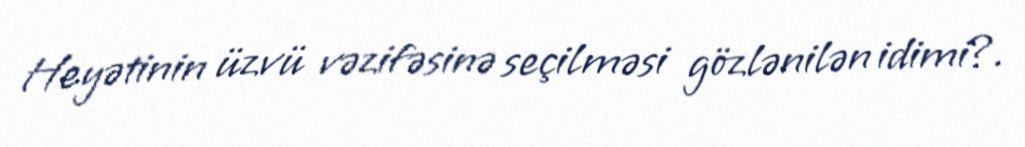
Heyətinin üzvü vəzifəsinə seçilməsi gözlənilən idimi?.